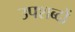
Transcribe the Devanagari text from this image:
उपशब्दों